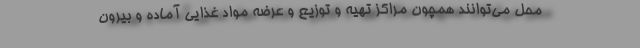
محل می‌توانند همچون مراکز تهیه و توزیع و عرضه مواد غذایی آماده و بیرون